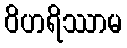
ဝိဟရိဿာမ